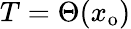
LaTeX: T=\Theta(x_{\mathrm{o}})